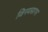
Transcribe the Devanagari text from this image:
विनयसागर